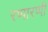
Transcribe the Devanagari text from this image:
रप्पारप्पी